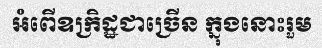
អំពើឧក្រិដ្ឋជាច្រើន ក្នុងនោះរួម